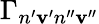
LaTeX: \Gamma_{n^{\prime}\mathbf{v}^{\prime}n^{\prime\prime}\mathbf{v}^{\prime\prime}}